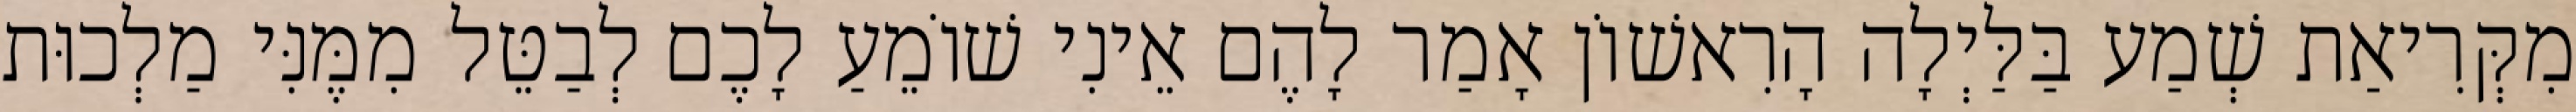
מִקְּרִיאַת שְׁמַע בַּלַּיְלָה הָרִאשׁוֹן אָמַר לָהֶם אֵינִי שׁוֹמֵעַ לָכֶם לְבַטֵּל מִמֶּנִּי מַלְכוּת